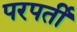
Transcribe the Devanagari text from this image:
परपर्ती